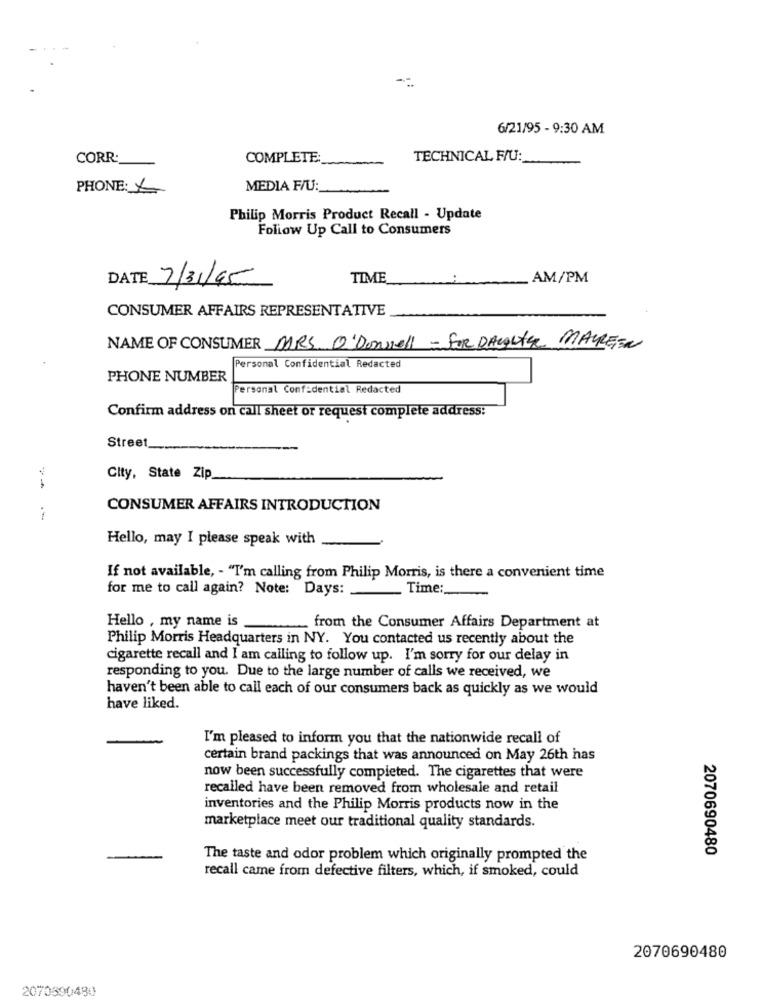
6/21/95 - 9:30 AM
CORR:
COMPLETE:
TECHNICAL F/U:
PHONE: X
MEDIA F/U :_
Philip Morris Product Recall - Update
Follow Up Call to Consumers
DATE 7/31/95
TIME
AM/PM
CONSUMER AFFAIRS REPRESENTATIVE
NAME OF CONSUMER MARS O'Donnell - FOR DAUGHTER MAUREEN
Personal Confidential Redacted
PHONE NUMBER
Personal Confidential Redacted
Confirm address on call sheet or request complete address:
Street
City, State Zip
CONSUMER AFFAIRS INTRODUCTION
.-
Hello, may I please speak with
If not available, - "I'm calling from Philip Morris, is there a convenient time
for me to call again? Note: Days:
Time:
Hello , my name is
from the Consumer Affairs Department at
Philip Morris Headquarters in NY. You contacted us recently about the
cigarette recall and I am calling to follow up. I'm sorry for our delay in
responding to you. Due to the large number of calls we received, we
haven't been able to call each of our consumers back as quickly as we would
have liked.
I'm pleased to inform you that the nationwide recall of
certain brand packings that was announced on May 26th has
now been successfully completed. The cigarettes that were
recalled have been removed from wholesale and retail
inventories and the Philip Morris products now in the
marketplace meet our traditional quality standards.
2070690480
The taste and odor problem which originally prompted the
recall came from defective filters, which, if smoked, could
2070690480
2070690480